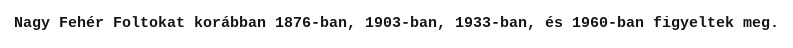
Nagy Fehér Foltokat korábban 1876-ban, 1903-ban, 1933-ban, és 1960-ban figyeltek meg.